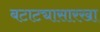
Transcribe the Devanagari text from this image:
बटाट्यासारखा